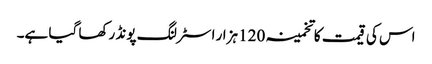
اس کی قیمت کا تخمینہ 120 ہزار اسٹرلنگ پونڈ رکھا گیا ہے۔